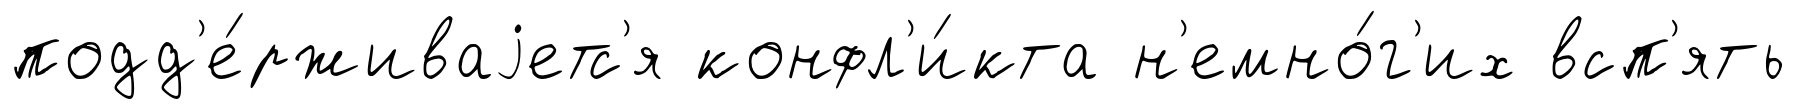
подд'е́рживаjетс'я конфл'и́кта н'емно́г'их всп'ять